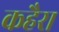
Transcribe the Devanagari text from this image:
कहैरा